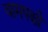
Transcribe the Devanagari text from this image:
वामपक्षी